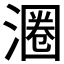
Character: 𬈨